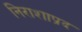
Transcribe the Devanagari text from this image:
निराशाप्रद